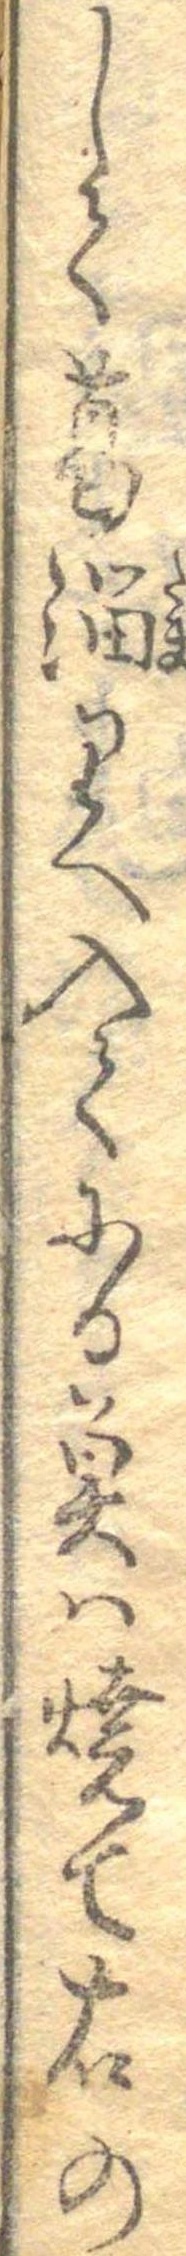
して葛溜りへ入てにる魚は焼て右の